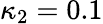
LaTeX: \kappa_{2}=0.1